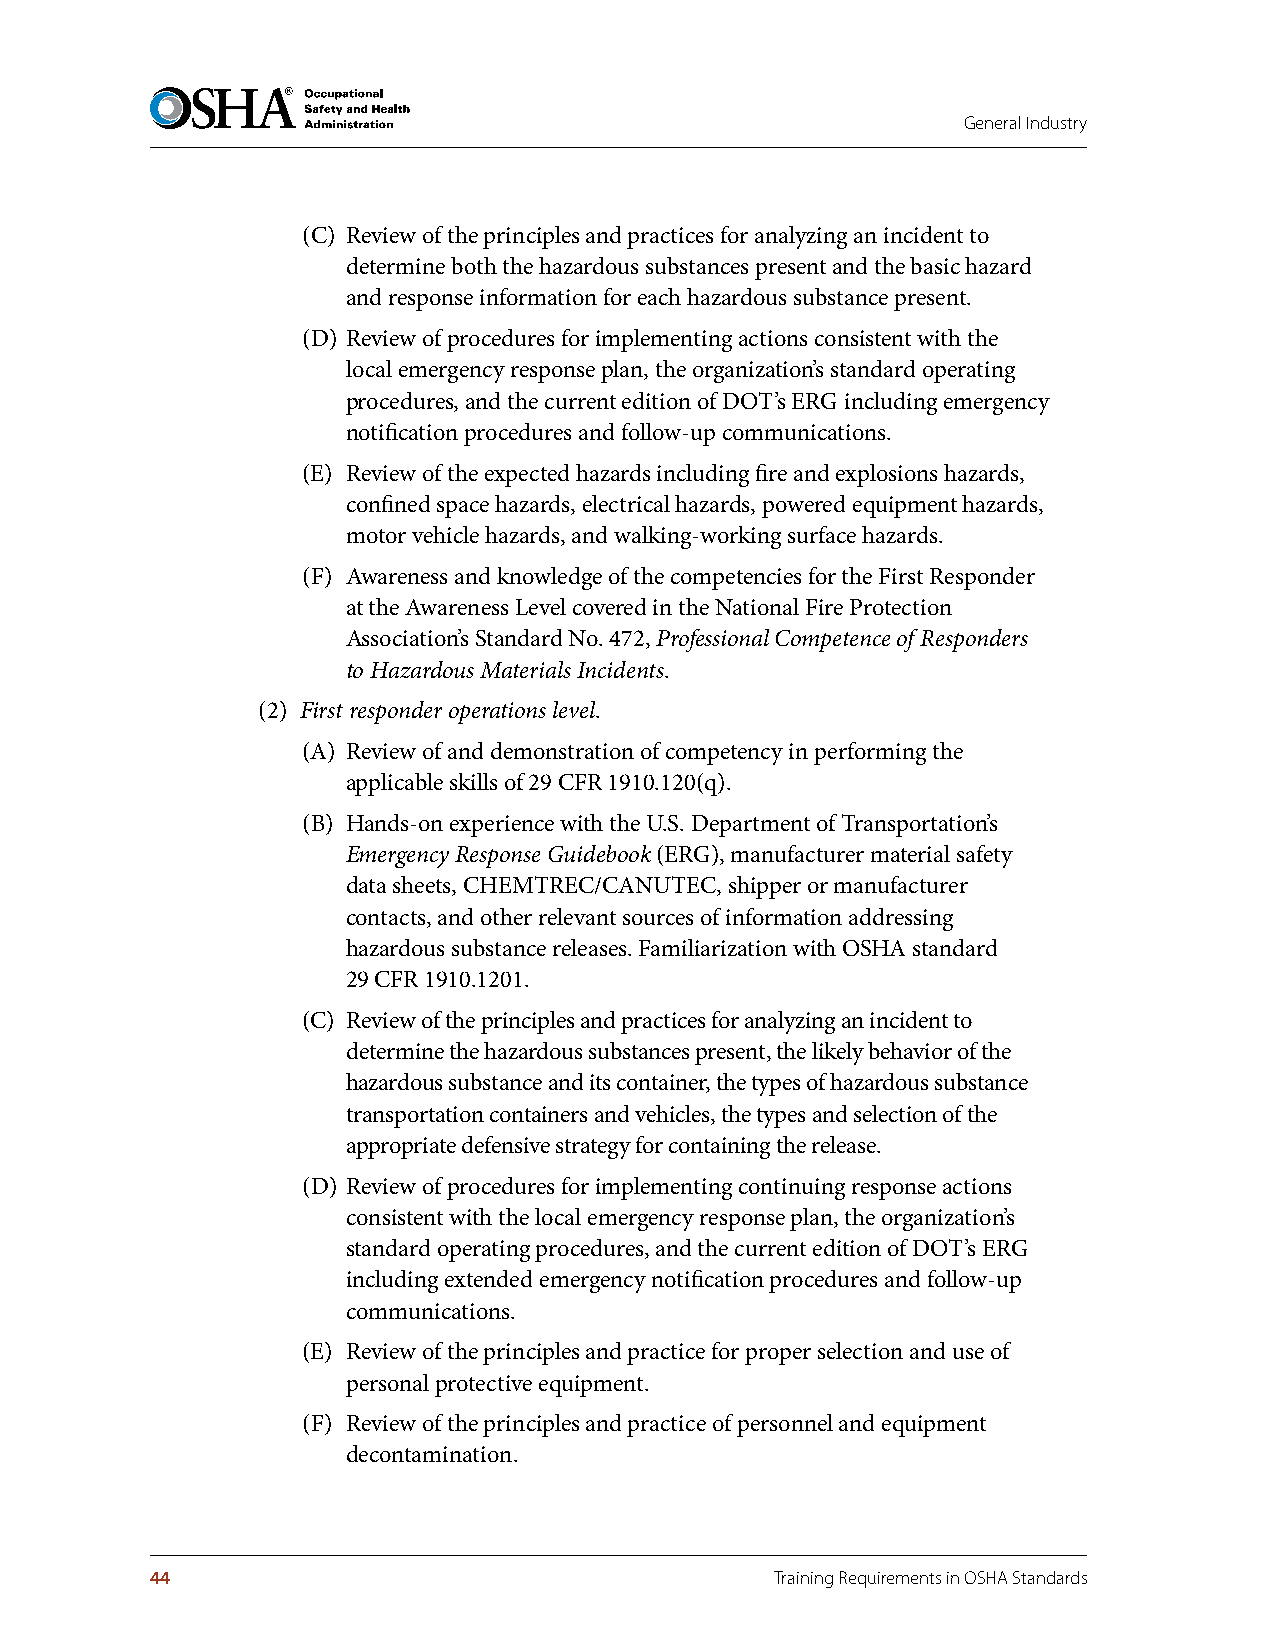
General Industry
 (C) Review of the principles and practices for analyzing an incident to
 determine both the hazardous substances present and the basic hazard
 and response information for each hazardous substance present.
 (D) Review of procedures for implementing actions consistent with the
 local emergency response plan, the organization’s standard operating
 procedures, and the current edition of DOT’s ERG including emergency
 notification procedures and follow-up communications.
 (E) Review of the expected hazards including fire and explosions hazards,
 confined space hazards, electrical hazards, powered equipment hazards,
 motor vehicle hazards, and walking-working surface hazards.
 (F) Awareness and knowledge of the competencies for the First Responder
 at the Awareness Level covered in the National Fire Protection
 Association’s Standard No. 472, Professional Competence of Responders
 to Hazardous Materials Incidents.
 (2) First responder operations level.
 (A) Review of and demonstration of competency in performing the
 applicable skills of 29 CFR 1910.120(q).
 (B) Hands-on experience with the U.S. Department of Transportation’s
 Emergency Response Guidebook (ERG), manufacturer material safety
 data sheets, CHEMTREC/CANUTEC, shipper or manufacturer
 contacts, and other relevant sources of information addressing
 hazardous substance releases. Familiarization with OSHA standard
 29 CFR 1910.1201.
 (C) Review of the principles and practices for analyzing an incident to
 determine the hazardous substances present, the likely behavior of the
 hazardous substance and its container, the types of hazardous substance
 transportation containers and vehicles, the types and selection of the
 appropriate defensive strategy for containing the release.
 (D) Review of procedures for implementing continuing response actions
 consistent with the local emergency response plan, the organization’s
 standard operating procedures, and the current edition of DOT’s ERG
 including extended emergency notification procedures and follow-up
 communications.
 (E) Review of the principles and practice for proper selection and use of
 personal protective equipment.
 (F) Review of the principles and practice of personnel and equipment
 decontamination.
 44                                       Training Requirements in OSHA Standards